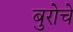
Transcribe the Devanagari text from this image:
बुरोचे